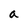
Character: a